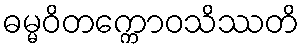
ဓမ္မဝိတက္ကောဝသိဿတိ